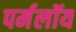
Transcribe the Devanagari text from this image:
पर्मलॉय